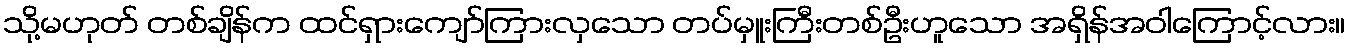
သို့မဟုတ် တစ်ချိန်က ထင်ရှားကျော်ကြားလှသော တပ်မှူးကြီးတစ်ဦးဟူသော အရှိန်အဝါကြောင့်လား။